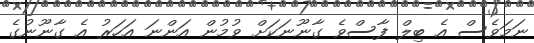
ނަމަވެސް އެ ބިލް ފާސްވެ ގާނޫނަކަށް ވުމުން އަންނަ އަހަރު އެ ގާނޫނުގެ